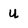
Character: u